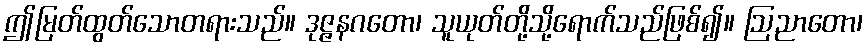
ဤမြတ်ထွတ်သောတရားသည်။ ဒုဇ္ဇနဂတော၊ သူယုတ်တို့သို့ရောက်သည်ဖြစ်၍။ ဩညာတော၊